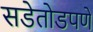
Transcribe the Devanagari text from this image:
सडेतोडपणे